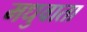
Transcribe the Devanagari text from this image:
मधुवाता